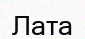
Лата